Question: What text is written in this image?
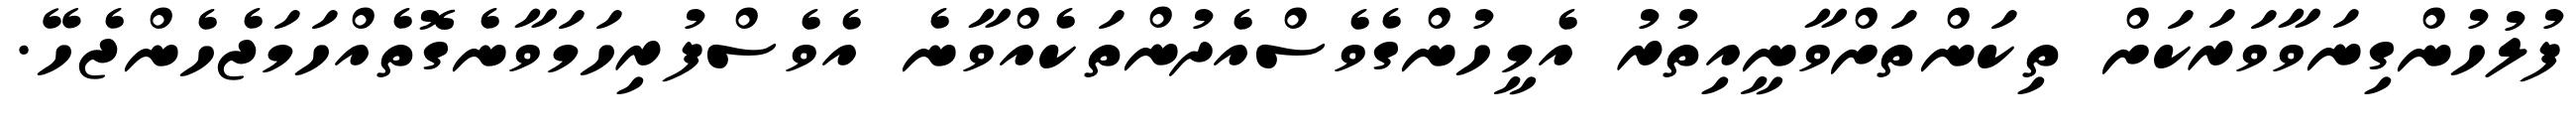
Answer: ފުލުހުންގިނަވާވަރަކަށް ތިކަންތަށްވާނީއިތުރު އެމީހުންގެވެސްއެދުންތަކެއްވާނެ އެވެސްފުރިހަމަވާނެގޮތެއްހަމަޖެހެންޖެހޭ.